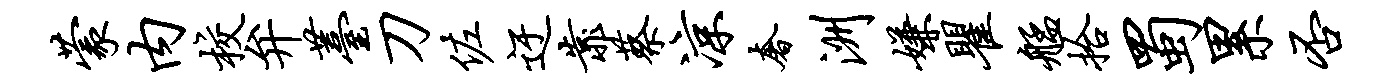
蒙内校弁薹刀佐迂靠蔡凉奢洲嫌瞿艋拾蜀累否